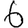
Digit: 6